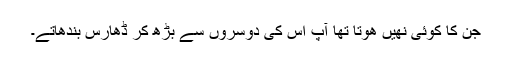
جن کا کوئی نھیں ھوتا تھا آپ اس کی دوسروں سے بڑھ کر ڈھارس بندھاتے۔